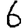
Digit: 6